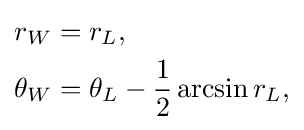
{\begin{aligned}r_{W}&=r_{L},\\\theta _{W}&=\theta _{L}-{\frac {1}{2}}\arcsin r_{L},\end{aligned}}